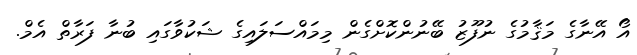
އޯ އޭނާގެ މަޤާމުގެ ނުފޫޒު ބޭނުންކޮށްގެން މިމައްސަލައިގެ ޝަކުވާގައި ބުނާ ފަރާތް އެމް.